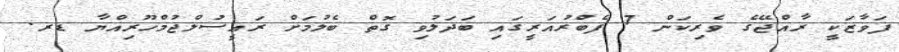
ފަވާޒަކީ ރާއްޖޭގެ ވެރިކަން 7 ފެބްރުއަރީގައި ބަދަލުވި ގޮތް ބެލުމަށް ރައީސުލްޖުމްހޫރިއްޔާ ޑރ.